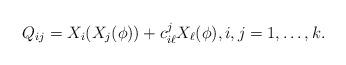
LaTeX: \begin{align*}Q_{ij} = X_i(X_j(\phi)) + c_{i\ell}^j X_\ell(\phi), i,j=1,\ldots,k.\end{align*}